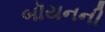
બૉયનની